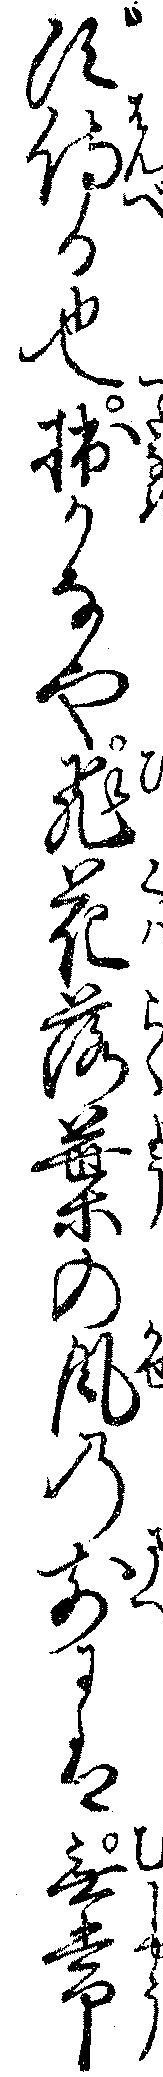
ず侍る也拙かなや飛花落葉の風の前には無常